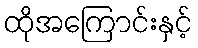
ထိုအကြောင်းနှင့်